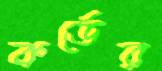
কর্ডের